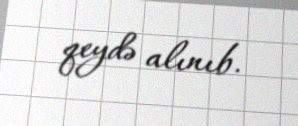
qeydə alınıb.